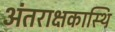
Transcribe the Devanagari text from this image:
अंतराक्षकास्थि